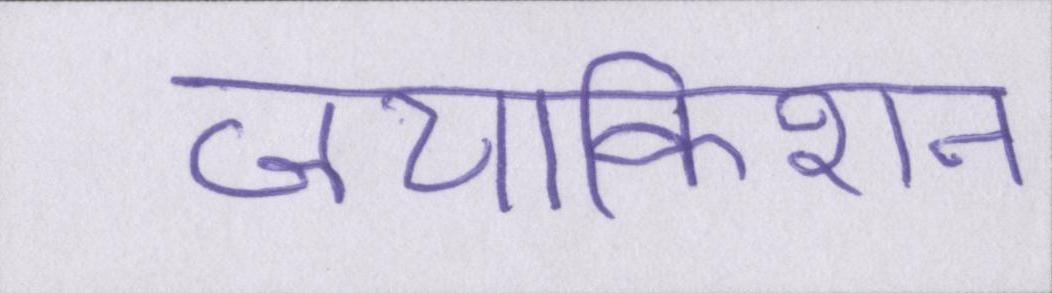
जयकिशन